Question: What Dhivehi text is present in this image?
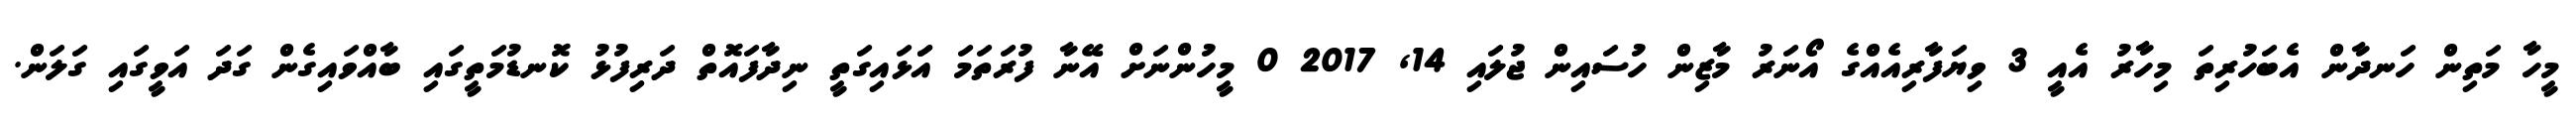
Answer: މީހާ މަތިން ހަނދާން އެބަހުރިތަ މިހާރު އެއީ 3 ވިޔަފާރިއެއްގެ އޯނަރު މާޒިން ހުސައިން ޖުލައި 14, 2017 0 މީހުންނަށް އޭނާ ފުރަތަމަ އަަޅައިގަތީ ނިދާފައޮތް ދަރިފުޅު ކޮނޑުމަތީގައި ބާއްވައިގެން ގަދަ އަވީގައި ގަލަން.